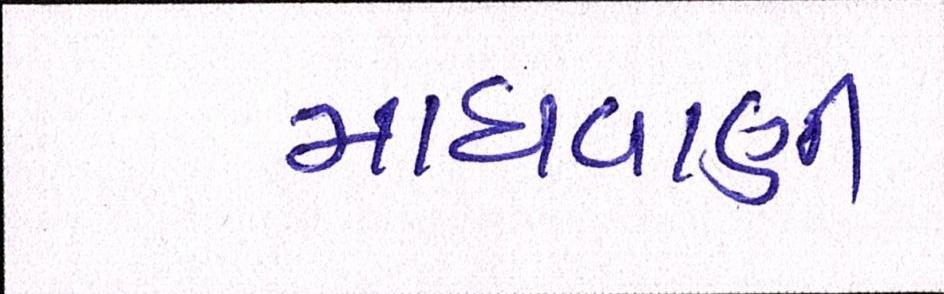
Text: માધવાણી